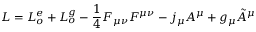
{ \cal L } = { \cal L } _ { o } ^ { e } + { \cal L } _ { o } ^ { g } - \frac { 1 } { 4 } F _ { \mu \nu } F ^ { \mu \nu } - j _ { \mu } { \cal A } ^ { \mu } + g _ { \mu } \tilde { { \cal A } } ^ { \mu }